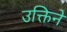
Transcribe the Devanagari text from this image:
उक्तिने